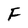
Character: F